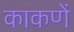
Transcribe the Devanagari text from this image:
काकणें